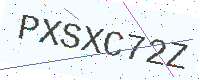
Text: PXSXC72Z